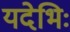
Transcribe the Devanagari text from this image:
यदेभिः